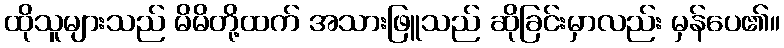
ထိုသူများသည် မိမိတို့ထက် အသားဖြူသည် ဆိုခြင်းမှာလည်း မှန်ပေ၏။